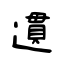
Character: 遦